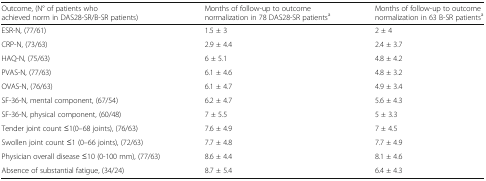
<table><thead><tr><td><b>Outcome, (N° of patients who achieved norm in DAS28-SR/B-SR patients)</b></td><td><b>Months of follow-up to outcome normalization in 78 DAS28-SR patients<sup>a</sup></b></td><td><b>Months of follow-up to outcome normalization in 63 B-SR patients<sup>a</sup></b></td></tr></thead><tbody><tr><td>ESR-N, (77/61)</td><td>1.5 ± 3</td><td>2 ± 4</td></tr><tr><td>CRP-N, (73/63)</td><td>2.9 ± 4.4</td><td>2.4 ± 3.7</td></tr><tr><td>HAQ-N, (75/63)</td><td>6 ± 5.1</td><td>4.8 ± 4.2</td></tr><tr><td>PVAS-N, (77/63)</td><td>6.1 ± 4.6</td><td>4.8 ± 3.2</td></tr><tr><td>OVAS-N, (76/63)</td><td>6.1 ± 4.7</td><td>4.9 ± 3.4</td></tr><tr><td>SF-36-N, mental component, (67/54)</td><td>6.2 ± 4.7</td><td>5.6 ± 4.3</td></tr><tr><td>SF-36-N, physical component, (60/48)</td><td>7 ± 5.5</td><td>5 ± 3.3</td></tr><tr><td>Tender joint count ≤1(0–68 joints), (76/63)</td><td>7.6 ± 4.9</td><td>7 ± 4.5</td></tr><tr><td>Swollen joint count ≤1 (0–66 joints), (72/63)</td><td>7.7 ± 4.8</td><td>7.7 ± 4.9</td></tr><tr><td>Physician overall disease ≤10 (0-100 mm), (77/63)</td><td>8.6 ± 4.4</td><td>8.1 ± 4.6</td></tr><tr><td>Absence of substantial fatigue, (34/24)</td><td>8.7 ± 5.4</td><td>6.4 ± 4.3</td></tr></tbody></table>